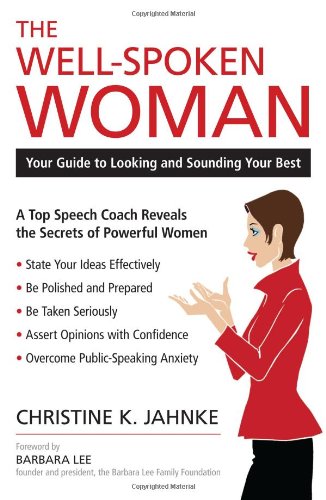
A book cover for The Well-Spoken Woman: Your Guide to Looking and Sounding Your Best; Christine K. Jahnke; Reference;